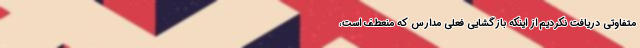
متفاوتی دریافت نکردیم از اینکه بازگشایی فعلی مدارس که منعطف است،